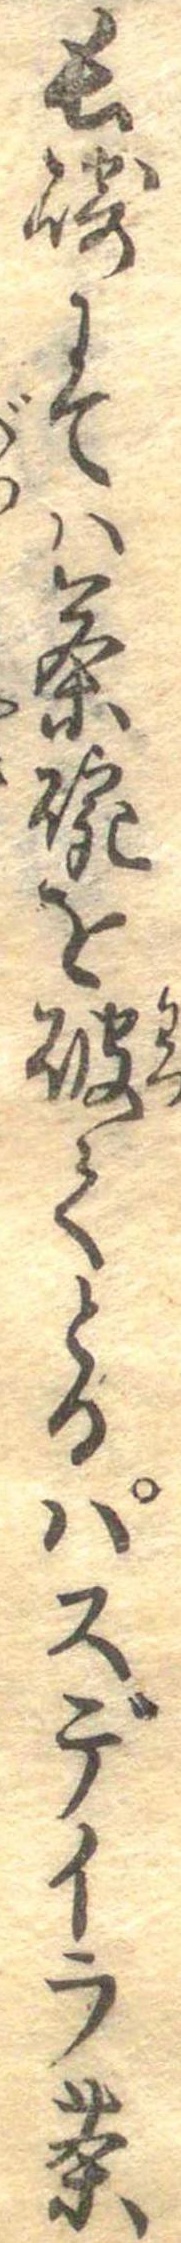
長崎にては茶碗を破てとるパスデイラ茶